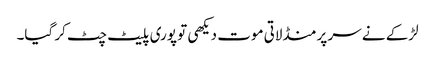
لڑکے نے سر پر منڈلاتی موت دیکھی تو پوری پلیٹ چٹ کر گیا۔